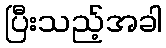
ပြီးသည့်အခါ